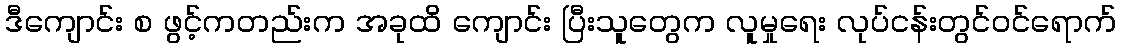
ဒီကျောင်း စ ဖွင့်ကတည်းက အခုထိ ကျောင်း ပြီးသူတွေက လူမှုရေး လုပ်ငန်းတွင်ဝင်ရောက်